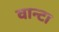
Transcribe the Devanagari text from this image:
वान्टा